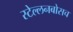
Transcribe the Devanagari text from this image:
स्‍टेल्‍लनबोसच